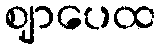
ဈာပေထ